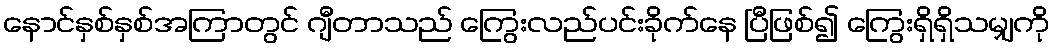
နောင်နှစ်နှစ်အကြာတွင် ဂျီတာသည် ကြွေးလည်ပင်းခိုက်နေ ပြီဖြစ်၍ ကြွေးရှိရှိသမျှကို